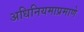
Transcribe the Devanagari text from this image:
अधिनियमाप्रमाणे